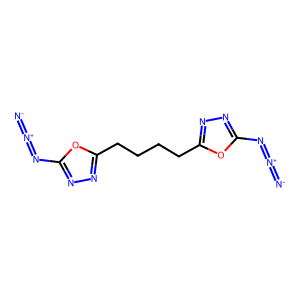
SMILES: [N-]=[N+]=Nc1nnc(CCCCc2nnc(N=[N+]=[N-])o2)o1
Inhibits HIV replication: No